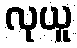
လုယူ